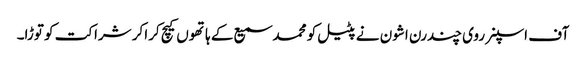
آف اسپنر روی چندرن اشون نے پٹیل کو محمد سمیع کے ہاتھوں کیچ کراکر شراکت کو توڑا۔